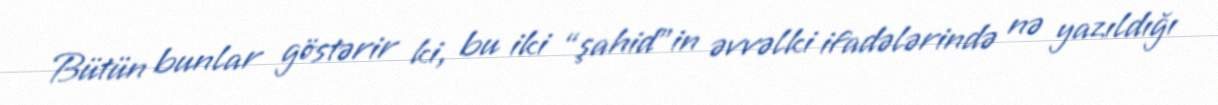
Bütün bunlar göstərir ki, bu iki “şahid”in əvvəlki ifadələrində nə yazıldığı